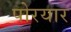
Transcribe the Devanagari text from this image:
पोरयार